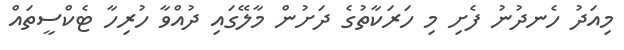
މިއަދު ހެނދުނު ފެށި މި ހަރަކާތުގެ ދަށުން މާލޭގައި ދުއްވާ ހުރިހާ ޓެކްސީތައް